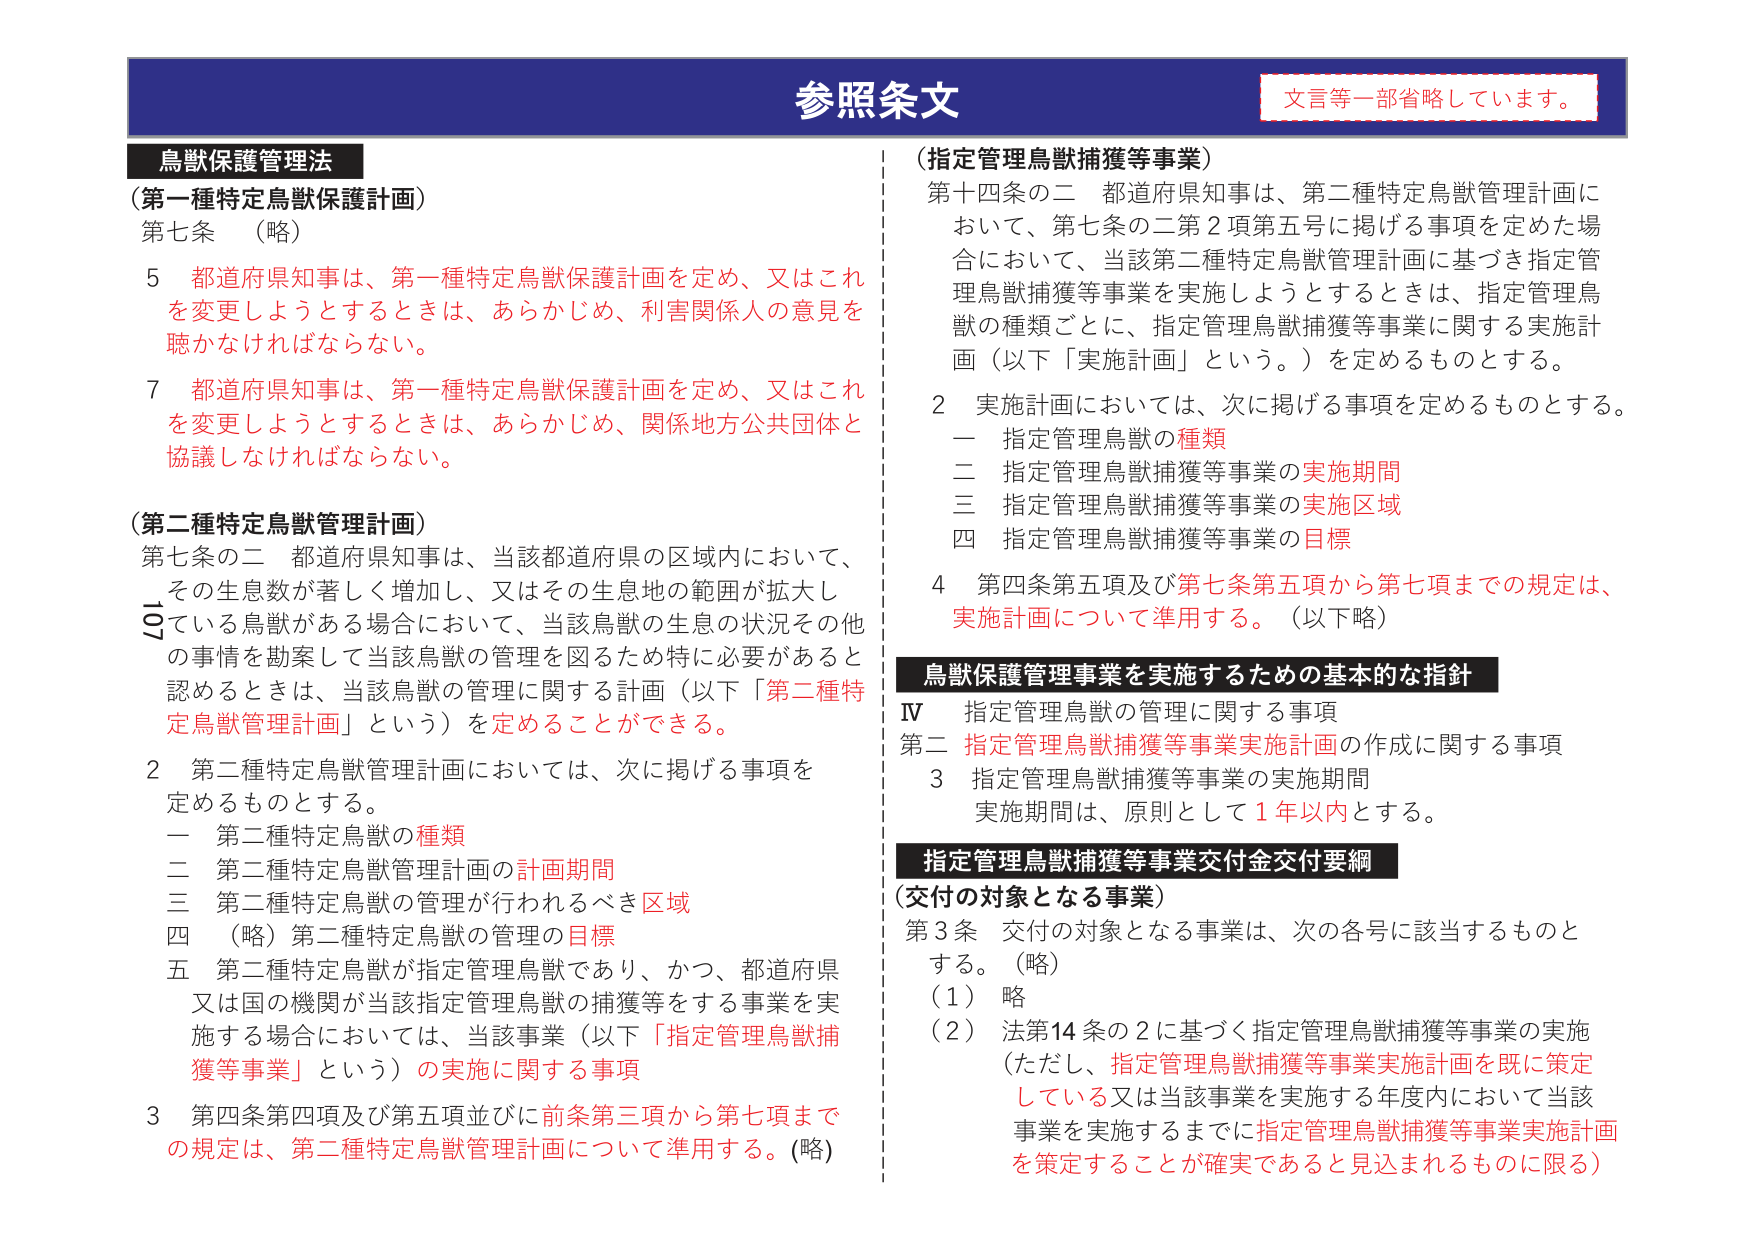
参照条文
文言等一部省略しています。

鳥獣保護管理法
（第一種特定鳥獣保護計画）
第七条 （略）
5 都道府県知事は、第一種特定鳥獣保護計画を定め、又はこれを変更しようとするときは、あらかじめ、利害関係人の意見を聴かなければならない。
7 都道府県知事は、第一種特定鳥獣保護計画を定め、又はこれを変更しようとするときは、あらかじめ、関係地方公共団体と協議しなければならない。

（第二種特定鳥獣管理計画）
第七条の二 都道府県知事は、当該都道府県の区域内において、その生息数が著しく増加し、又はその生息地の範囲が拡大している鳥獣がある場合において、当該鳥獣の生息の状況その他 の事情を勘案して当該鳥獣の管理を図るため特に必要があると認めるときは、当該鳥獣の管理に関する計画（以下「第二種特定鳥獣管理計画」という）を定めることができる。
2 第二種特定鳥獣管理計画においては、次に掲げる事項を定めるものとする。
一 第二種特定鳥獣の種類
二 第二種特定鳥獣管理計画の計画期間
三 第二種特定鳥獣の管理が行われるべき区域
四 （略）第二種特定鳥獣の管理の目標
五 第二種特定鳥獣が指定管理鳥獣であり、かつ、都道府県又は国の機関が当該指定管理鳥獣の捕獲等をする事業を実施する場合においては、当該事業（以下「指定管理鳥獣捕獲等事業」という）の実施に関する事項
3 第四条第四項及び第五項並びに前条第三項から第七項までの規定は、第二種特定鳥獣管理計画について準用する。（略）

（指定管理鳥獣捕獲等事業）
第十四条の二 都道府県知事は、第二種特定鳥獣管理計画において、第七条の二第2項第五号に掲げる事項を定めた場合において、当該第二種特定鳥獣管理計画に基づき指定管理鳥獣捕獲等事業を実施しようとするときは、指定管理鳥獣の種類ごとに、指定管理鳥獣捕獲等事業に関する実施計画（以下「実施計画」という。）を定めるものとする。
2 実施計画においては、次に掲げる事項を定めるものとする。
一 指定管理鳥獣の種類
二 指定管理鳥獣捕獲等事業の実施期間
三 指定管理鳥獣捕獲等事業の実施区域
四 指定管理鳥獣捕獲等事業の目標
4 第四条第五項及び第七条第五項から第七項までの規定は、実施計画について準用する。（以下略）

鳥獣保護管理事業を実施するための基本的な指針
Ⅳ 指定管理鳥獣の管理に関する事項
第二 指定管理鳥獣捕獲等事業実施計画の作成に関する事項
3 指定管理鳥獣捕獲等事業の実施期間
実施期間は、原則として1年以内とする。

指定管理鳥獣捕獲等事業交付金交付要綱
（交付の対象となる事業）
第3条 交付の対象となる事業は、次の各号に該当するものとする。（略）
（1） 略
（2） 法第14条の2に基づく指定管理鳥獣捕獲等事業の実施（ただし、指定管理鳥獣捕獲等事業実施計画を既に策定している又は当該事業を実施する年度内において当該事業を実施するまでに指定管理鳥獣捕獲等事業実施計画を策定することが確実であると見込まれるものに限る）